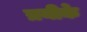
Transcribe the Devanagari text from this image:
त्रयीके